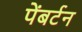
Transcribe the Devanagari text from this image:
पेंबर्टन